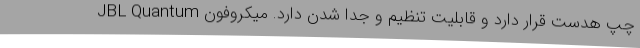
چپ هدست قرار دارد و قابلیت تنظیم و جدا شدن دارد. میکروفون JBL Quantum